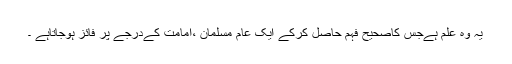
یہ وہ علم ہےجس کاصحیح فہم حاصل کرکے ایک عام مسلمان ،امامت کےدرجے پر فائز ہوجاتاہے ۔